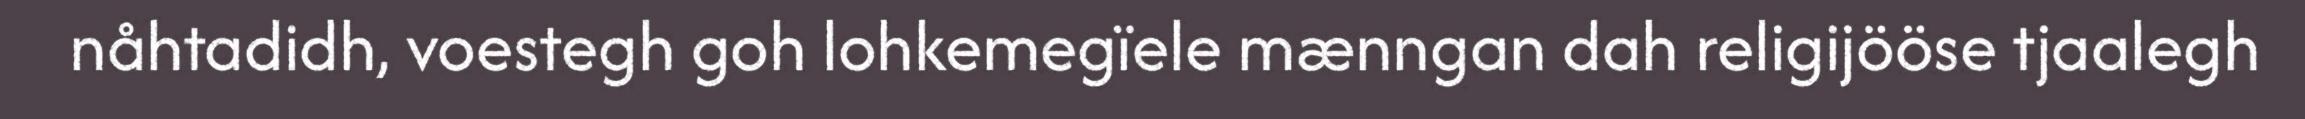
nåhtadidh, voestegh goh lohkemegïele mænngan dah religijööse tjaalegh